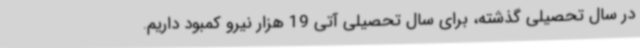
در سال تحصیلی گذشته، برای سال تحصیلی آتی 19 هزار نیرو کمبود داریم.